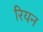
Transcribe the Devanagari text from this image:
रियन